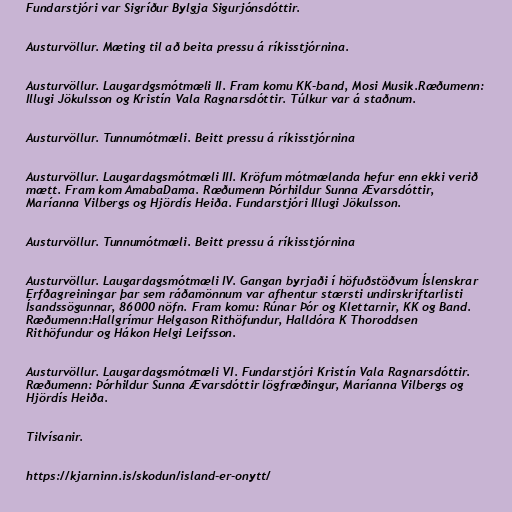
Fundarstjóri var Sigríður Bylgja Sigurjónsdóttir.

Austurvöllur. Mæting til að beita pressu á ríkisstjórnina.

Austurvöllur. Laugardgsmótmæli II. Fram komu KK-band, Mosi Musik.Ræðumenn:
Illugi Jökulsson og Kristín Vala Ragnarsdóttir. Túlkur var á staðnum.

Austurvöllur. Tunnumótmæli. Beitt pressu á ríkisstjórnina

Austurvöllur. Laugardagsmótmæli III. Kröfum mótmælanda hefur enn ekki verið
mætt. Fram kom AmabaDama. Ræðumenn Þórhildur Sunna Ævarsdóttir,
Maríanna Vilbergs og Hjördís Heiða. Fundarstjóri Illugi Jökulsson.

Austurvöllur. Tunnumótmæli. Beitt pressu á ríkisstjórnina

Austurvöllur. Laugardagsmótmæli IV. Gangan byrjaði í höfuðstöðvum Íslenskrar
Erfðagreiningar þar sem ráðamönnum var afhentur stærsti undirskriftarlisti
Ísandssögunnar, 86000 nöfn. Fram komu: Rúnar Þór og Klettarnir, KK og Band.
Ræðumenn:Hallgrímur Helgason Rithöfundur, Halldóra K Thoroddsen
Rithöfundur og Hákon Helgi Leifsson.

Austurvöllur. Laugardagsmótmæli VI. Fundarstjóri Kristín Vala Ragnarsdóttir.
Ræðumenn: Þórhildur Sunna Ævarsdóttir lögfræðingur, Maríanna Vilbergs og
Hjördís Heiða.

Tilvísanir.

https://kjarninn.is/skodun/island-er-onytt/